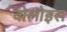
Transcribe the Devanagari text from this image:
वोलोइस